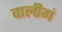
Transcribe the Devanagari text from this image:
वालीगं